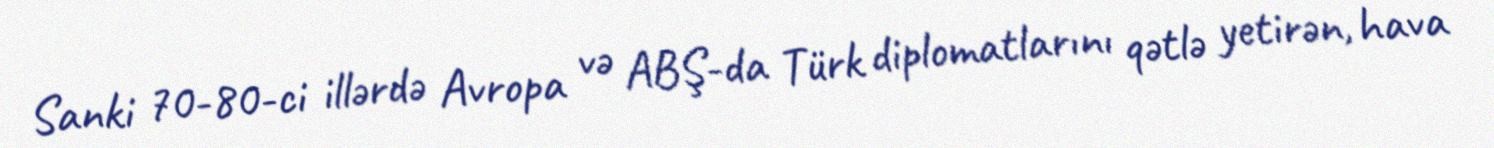
Sanki 70-80-ci illərdə Avropa və ABŞ-da Türk diplomatlarını qətlə yetirən, hava